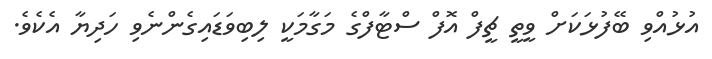
އުޅުއްވި ބޭފުޅަކަށް ވީތީ ޗީފް އޮފް ސްޓާފްގެ މަގާމަކީ ލިބިވަޑައިގެންނެވި ހަދިޔާ އެކެެވެ.